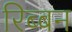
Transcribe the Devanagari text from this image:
रिब्बन